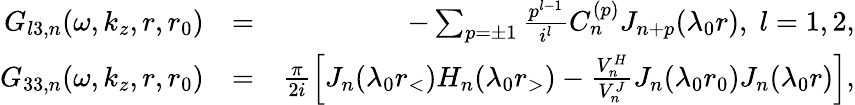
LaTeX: \begin{array}{rlr}{G_{l3,n}(\omega,k_{z},r,r_{0})}&{=}&{-\sum_{p=\pm 1}\frac{p^{l-1}}{i^{l}}C_{n}^{(p)}J_{n+p}(\lambda_{0}r),\; l=1,2,}\\ {G_{33,n}(\omega,k_{z},r,r_{0})}&{=}&{\frac{\pi}{2i}\left[J_{n}(\lambda_{0}r_{<})H_{n}(\lambda_{0}r_{>})-\frac{V_{n}^{H}}{V_{n}^{J}}J_{n}(\lambda_{0}r_{0})J_{n}(\lambda_{0}r)\right],}\end{array}